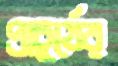
প্রাচুর্যের